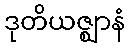
ဒုတိယဇ္ဈာနံ